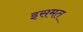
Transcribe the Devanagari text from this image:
इसमत